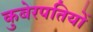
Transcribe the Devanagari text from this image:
कुबेरपतियों